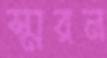
স্মরন